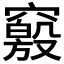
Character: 𰩝